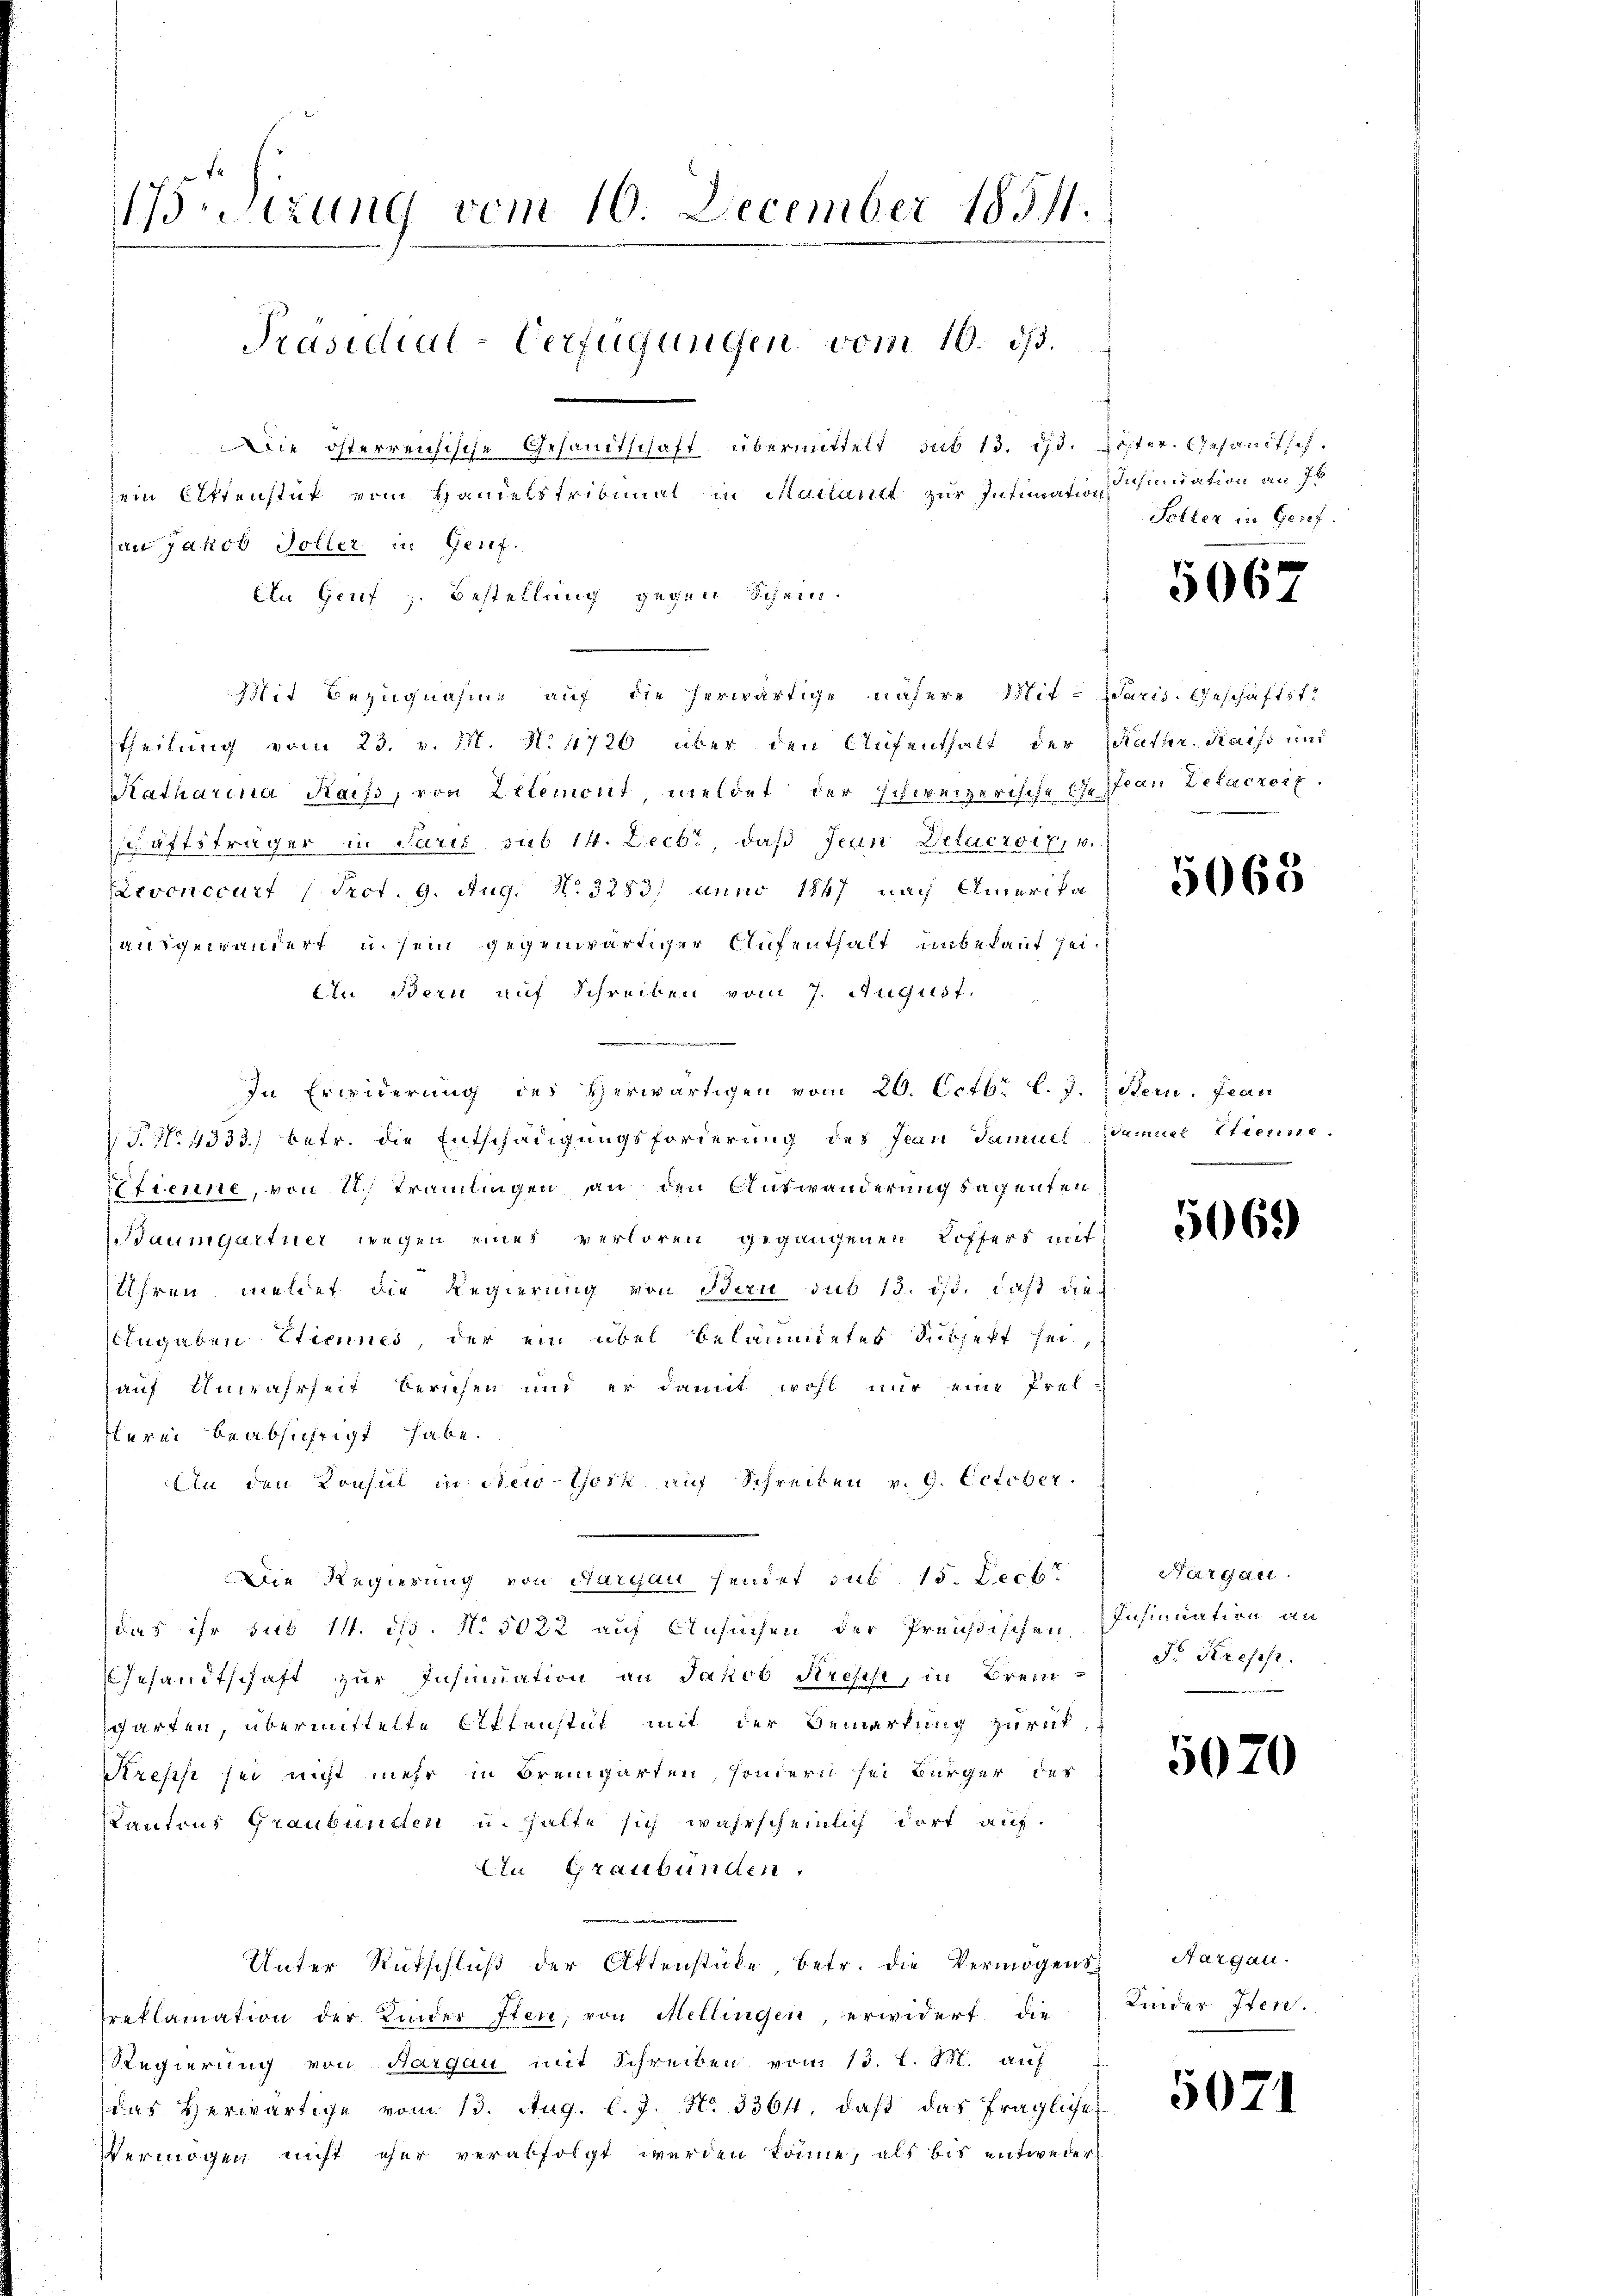
retzung vom 16. December 1851.
Präsidial-Verfügungen vom 10. 23.
Die österreichische Gesandtschaft übermittelt sub 13. d. Lister. Gesandtschein Offenstut vom Handelstribunal in Mailantt zur Intimation
an Jakob Soller in Genf.

Ein Genf z. Bestellung gegen Schein¬
Mit Bezugnahme auf die herwärtige nähere Mittheilung vom 23. v. M. N. 4720 über den Aufenthalt der
Katharina Raiss, von Eltemont meldet der schweizerische Ge¬
Zschäftsträger in Paris sub 14. Decbr, daß Jean Delacroix, 4.
Levonccurt (Prot. 9. Aug. N. 3253; anno 1847 nach Amerika
ausgewändert u. sein gegenwärtiger Aufenthalt unbekant sei.
An der auf Schreiben vom 7. August,
.
In Erwiderung des Herwärtigen vom 20. Octbr. l. J.
T. No 4333) betr. die Entschädigungsforderung des Jean Samuel
Etienne, von 2. Tramlingen an den Auswanderung sagenten
Baumgartner wegen eines verloren gegangenen Koffers mit
Uhren meldet die Regierung von Bern sub 13. ist, daß dieangaben Etiennes, der ein übel belamtetes Subjekt sei,
auf Unwahrheit beruhen und er damit wohl nur eine Prel
lerei beabsichtigt habe.
An den Konsul in New-York auf Schreiben v. 9. October.
Die Regierung von Aargau hendet sub 15. Decbr
das ihr sub 11. ds. N. 5022 auf Ansuchen der Preußischen
Gesandtschaft zur Insinuation an Jakob Niess, in Bremsgarten, übermittelte Affenstät mit der Bemerkung zurück,
Sresist sei nicht mehr in Bremgarten, sondern sei Bürger des
Kantons Graubünden u. halte sich wahrscheinlich dort auf.
An Graubünden
Unter Rutschluß der Attenstücke, betr. die Vermögens
reklamation der Kinder Iten, von Mellingen, erwidert die
Regierung von Aargau mit Schreiben vom 13. l. M. auf
das herwärtige vom 13. Aug. l. J. No. 3364. daβ das fragliche
Vermögen nicht eher verabfolgt werden könne, als bis entweder

Insinuation an Ih
Soller in Gesef.

5067

Paris. Geschäftst
Ratur. Kaise und
Jean Delacroix.

5068

Bern. Jean
Samuel Etienne.
.

5069

Sargau.
Insinuation seit
Fr Kreps.

5070

Aargau.
Kinder Iten.

5071